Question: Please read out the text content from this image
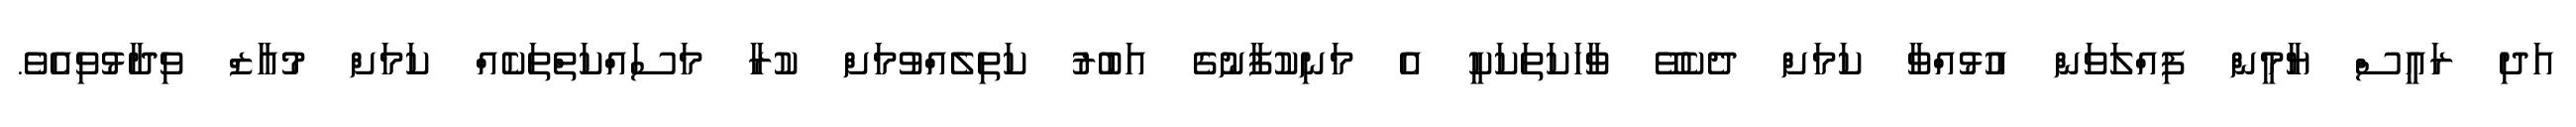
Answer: އަދި ރައީސް ޔާމީން ފިއްލަވަން އުޅުއްވާ ކަމަށް ދެކެވޭ ވާހަކަތަކަކީ އެ މަނިކުފާނުގެ އަބުރު ކަތިލެއްވުމަށް ކުރާ މަސައްކަތްތަކެއް ކަމަށް މުއާޒް ވިދާޅުވިއެވެ.